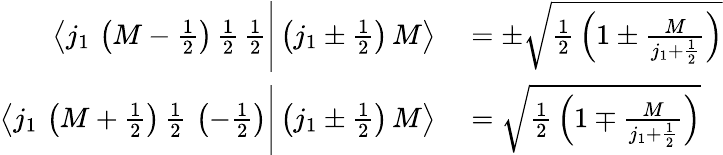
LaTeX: \begin{array}{rl}{\left\langle j_{1}\, \left(M-{\frac{1}{2}}\right)\, {\frac{1}{2}}\, {\frac{1}{2}}{\Bigg|}\left(j_{1}\pm{\frac{1}{2}}\right)\, M\right\rangle}&{{}=\pm{\sqrt{{\frac{1}{2}}\left(1\pm{\frac{M}{j_{1}+{\frac{1}{2}}}}\right)}}}\\ {\left\langle j_{1}\, \left(M+{\frac{1}{2}}\right)\, {\frac{1}{2}}\, \left(-{\frac{1}{2}}\right){\Bigg|}\left(j_{1}\pm{\frac{1}{2}}\right)\, M\right\rangle}&{{}={\sqrt{{\frac{1}{2}}\left(1\mp{\frac{M}{j_{1}+{\frac{1}{2}}}}\right)}}}\end{array}